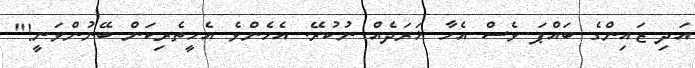
އަދި ޒައިންގެ ބައްޕަ ވެސް އެހާ ޚަރަދެއް ނުކުރޭ. އެހެންވެ އެހީތެރިކަން ބޭނުންވަނީ!"